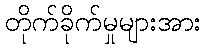
တိုက်ခိုက်မှုများအား